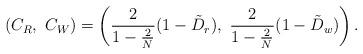
LaTeX: \begin{align*} (C_R,\ C_W)&=\left(\frac{2}{1-\frac{2}{N}}(1-\tilde{D}_r),\ \frac{2}{1-\frac{2}{N}}(1-\tilde{D}_w)\right).\end{align*}